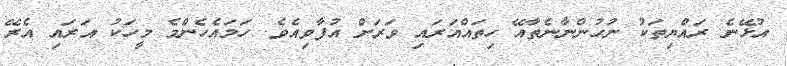
އުޅޭނެ ރައްޔިތަކު ނުހުންނާނެތާއޭ ހިތައްއަރައި ވަރަށް އުފާވިއެވެ. ހަމައެހެންމެ މީހަކު އަރައި އެރޭ